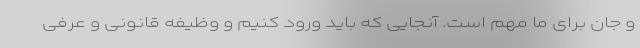
و جان برای ما مهم است. آنجایی که باید ورود کنیم و وظیفه قانونی و عرفی